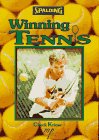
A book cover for Winning Tennis; Chuck Kriese; Sports & Outdoors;